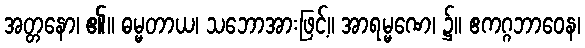
အတ္တနော၊ ၏။ ဓမ္မတာယ၊ သဘောအားဖြင့်။ အာရမ္မဏေ၊ ၌။ ဧကဂ္ဂဘာဝေန၊